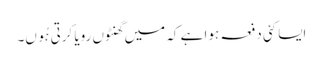
ایسا کئی دفعہ ہوا ہے کہ میں گھنٹوں رویا کرتی ہُوں۔